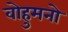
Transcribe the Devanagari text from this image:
वोहुमनो